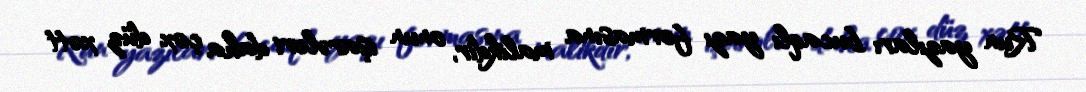
Run yazıları bucaqlı yazı formasına malikdir, onun işarələri daha çox düz xətt